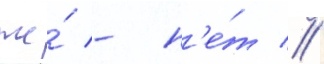
же́ - н'е́т //